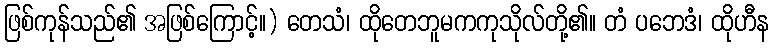
ဖြစ်ကုန်သည်၏ အဖြစ်ကြောင့်။) တေသံ၊ ထိုတေဘူမကကုသိုလ်တို့၏။ တံ ပဘေဒံ၊ ထိုဟီန